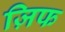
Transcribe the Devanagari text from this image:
ज़िफ